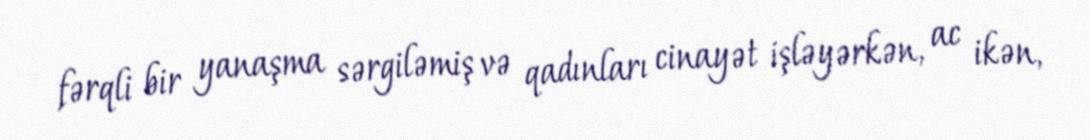
fərqli bir yanaşma sərgiləmiş və qadınları cinayət işləyərkən, ac ikən,